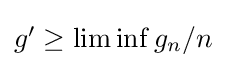
{\textstyle g'\geq \liminf g_{n}/n}